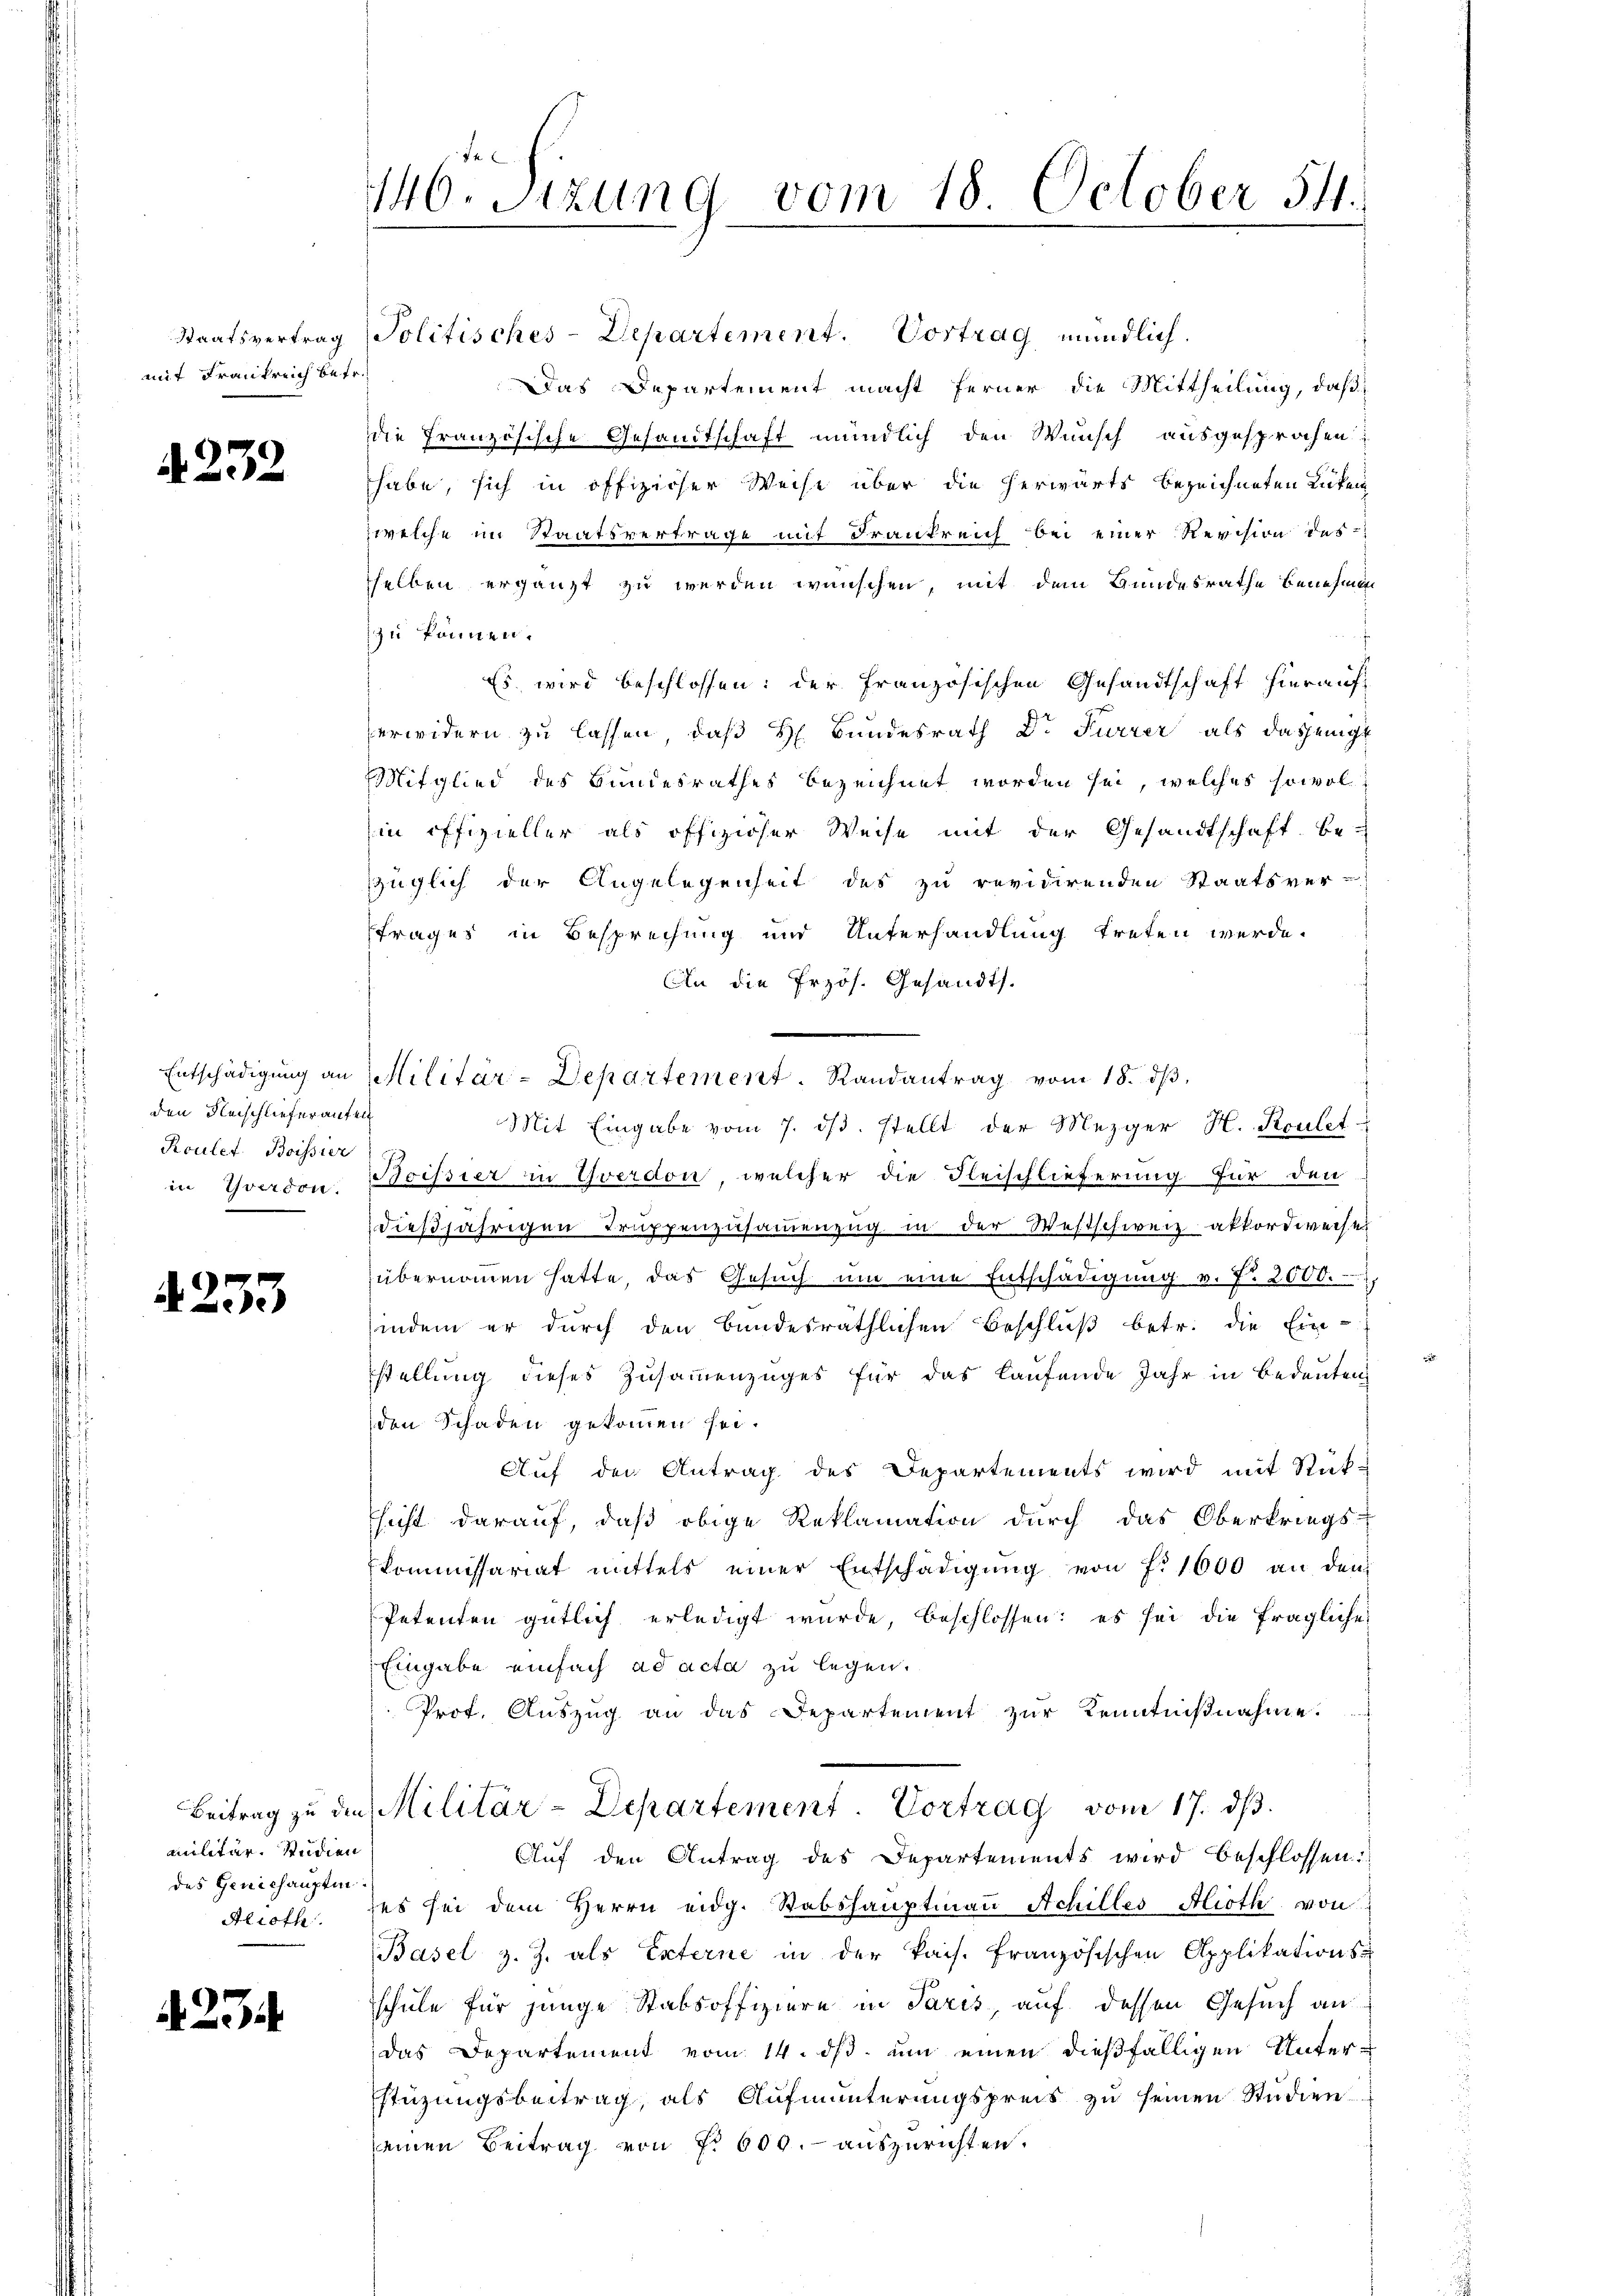
mit Frankreich betr.

A 232

Entschädigung an
den Heischliefer aufen
Roulet. Boissier

4253

militär. Studien
des Geniehaupten.
Alroth

A 254

146. Sitzung vom 18. October 54.

Staatsvertrag Politisches-Departement. Vortrag mündlich.
Das Departement macht ferner die Mittheilung, daß
die Französische Gesandtschaft mündlich den Wunsch ausgesprochen
habe, sich in offiziöser Weise über die herwärts bezeichneten Rüken
welche im Staatsvertrage mit Frankreich bei einer Revision des
sselben ergänzt zu werden wünschen, mit dem Bundesrathe benehmen
zu können.
Es wird beschlossen: der Französischen Gesandtschaft hierauf
erwidern zu lassen, daß H. Bundesrath Dr Furrer als dasjenige
Mitglied des Bundesrathes bezeichnet worden sei, welches sowol
in offizieller als offiziöser Weise mit der Gesandtschaft be-
züglich der Angelegenheit des zu revidirenden Staatsver-
Frages in Besprechung und Unterhandlung treten werde.
An die Przös. Gesandts.
Mit Eingabe vom 7. ds. stellt der Mezger H. Roulet
in Yverdon, cessier in Yverdon, welcher die Fleischlieferung für den
dießjährigen Truppenzusammenzug in der Westschweiz akkordweise
übernommen hatte, das Gesŭch ŭm eine Entschädigung v. J. 2000.
indem er durch den Bundesräthlichen Beschluß betr. die Ein-
stellung dieses Zusammenzuges für das laufende Jahr in Bedeuten
den Schaden gekommen sei.
Auf der Antrag des Departements wird mit Rück-
sicht darauf, daß obige Reklamation durch das Oberkriegs-
Kommissariat mittels einer Entschädigŭng von fr. 1000 an dem
Petenten gütlich erledigt wurde, beschlossen: es sei die fragliche
Eingabe einfach ad acta zu legen.
Prof. Auszug an das Departement zur Kenntnißnahme.
Beitrag zŭ die Militär-Departement. Vortrag vom 17. dβ.
Auf den Antrag des Departements wird beschlossen:
ses sei dem Herrn eidg. Stabshauptmaṅ Achilles Alioth von
Basel z. Z. als Externe in der kais. Französischen Applikations-
schule für junge Stabsoffiziere in Paris, auf dessen Gesuch an
das Departement vom 14. ds. um einen dießfälligen Unter-
stüzungsbeitrag, als Aufmunterŭngspreis zŭ seinen Studien
seinen Beitrag von f. 600. auszurichten.

Militär-Departement. Randantrag vom 18. dβ,